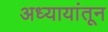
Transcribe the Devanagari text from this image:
अध्यायांतून